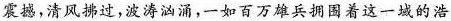
震撼，清风拂过，波涛汹涌，一如百万雄兵拥围着这一城的浩